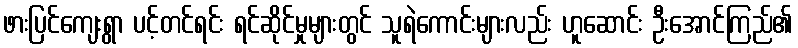
ဖားပြင်ကျေးရွာ ပင့်တင်ရင်း ရင်ဆိုင်မှုများတွင် သူရဲကောင်းများလည်း ဟူဆောင်း ဦးအောင်ကြည်၏